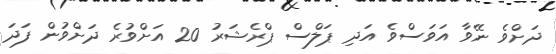
ދަށްވެ ނޭވާ އަވަސްވެ އަދި ޕަލްސް ޕްރެޝަރު 20 އަށްވުރެ ދަށްވުން ފަދަ